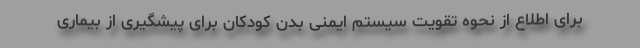
برای اطلاع از نحوه تقویت سیستم ایمنی بدن کودکان برای پیشگیری از بیماری